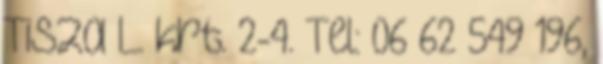
Tisza L. krt. 2-4. Tel: 06 62 549 196,